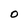
Character: 0